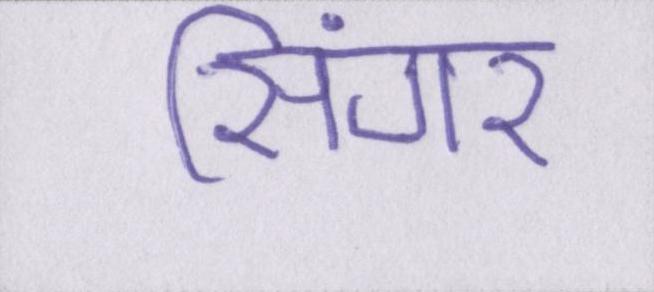
सिंगर